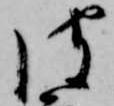
彼